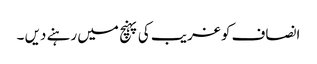
انصاف کو غریب کی پہنچ میں رہنے دیں ۔